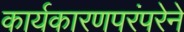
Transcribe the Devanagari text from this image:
कार्यकारणपरंपरेने